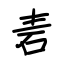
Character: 砉